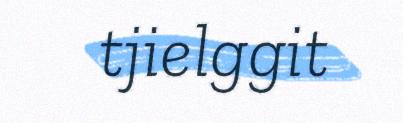
tjielggit